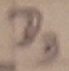
Text: D3